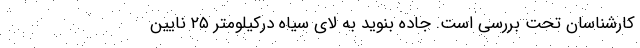
کارشناسان تحت بررسی است. جاده بنوید به لای سیاه درکیلومتر ۲۵ نایین